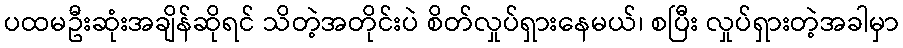
ပထမဦးဆုံးအချိန်ဆိုရင် သိတဲ့အတိုင်းပဲ စိတ်လှုပ်ရှားနေမယ်၊ စပြီး လှုပ်ရှားတဲ့အခါမှာ